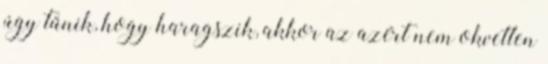
úgy tűnik, hogy haragszik, akkor az azért nem okvetlen